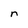
Character: n